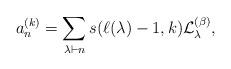
LaTeX: \begin{gather*} a_{n}^{(k)} = \sum_{\lambda \vdash n} s(\ell(\lambda)-1,k) {\cal{L}}_{\lambda}^{(\beta)}, \end{gather*}